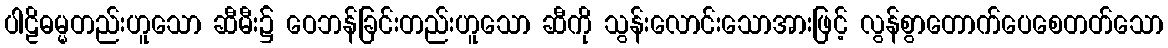
ပါဠိဓမ္မတည်းဟူသော ဆီမီး၌ ဝေဘန်ခြင်းတည်းဟူသော ဆီကို သွန်းလောင်းသောအားဖြင့် လွန်စွာတောက်ပေစေတတ်သော